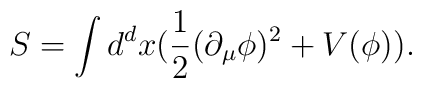
S=\int d^{d}x (\frac{1}{2} (\partial_{\mu} \phi)^2 + V(\phi)).